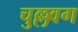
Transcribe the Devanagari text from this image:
चुल्लवग